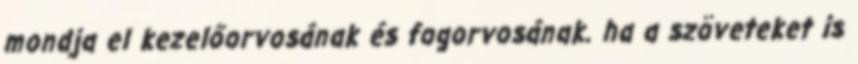
mondja el kezelőorvosának és fogorvosának. ha a szöveteket is